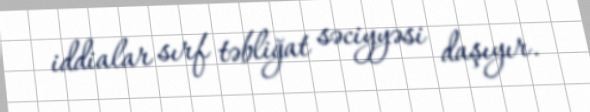
iddialar sırf təbliğat səciyyəsi daşıyır.